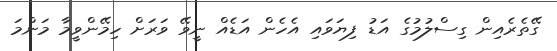
ގޭތެރެއިން ގިސްލުމުގެ އަޑު ފިޔަވައި އެހެން އަޑެއް ނީވޭ ވަރަށް ހިމޭންވީމާ މަންމަ